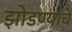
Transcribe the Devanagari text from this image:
झोडण्याचे